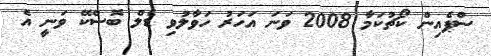
ސްޕެއިން ކޯޗުކަމާ 2008 ވަނަ އަހަރު ހަވާލުވި ޑެލް ބޮސްކޭ ވަނީ އެ